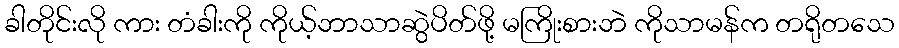
ခါတိုင်းလို ကား တံခါးကို ကိုယ့်ဘာသာဆွဲပိတ်ဖို့ မကြိုးစားဘဲ ကိုသာမန်က တရိုတသေ